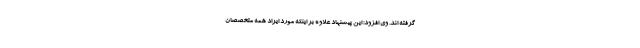
گرفته اند. وی افزود: این پیشنهاد علاوه بر اینکه مورد ایراد همه متخصصان